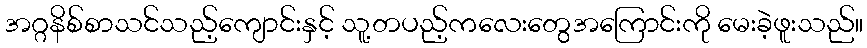
အဂ္ဂနိစ်စာသင်သည့်ကျောင်းနှင့် သူ့တပည့်ကလေးတွေအကြောင်းကို မေးခဲ့ဖူးသည်။